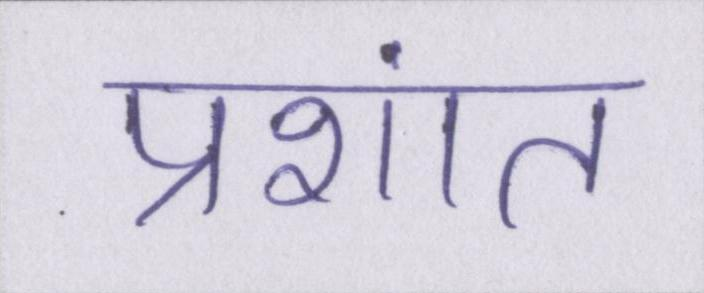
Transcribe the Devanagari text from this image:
प्रशांत